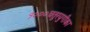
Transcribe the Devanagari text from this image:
१०००चतुरयुगीका